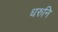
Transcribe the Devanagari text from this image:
धरुनि